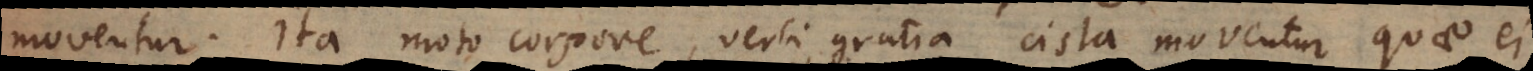
moventur. Ita moto corpore, verbi gratia cista, moventur quae ei